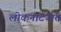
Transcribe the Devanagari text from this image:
लोकनाट्यांत